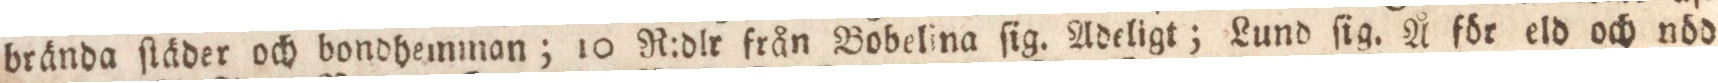
brända ſtäder och bondhemman; 10 R:dlr från Bobelina ſig. Adeligt; Lund ſig. Å för eld och nöd